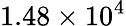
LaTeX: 1.48\times 10^{4}